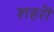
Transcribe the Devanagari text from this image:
शहरॊ